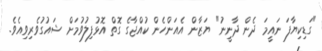
"ގަޑިކިޔާފަ ނައީމަ ދެން ދާނީނު" ޔަޒާން އެއަންހެން ކުއްޖާގެ ގޮތް އޮޅުފިލުވުމަށް ޝައުގުވެރިވިއެވެ.